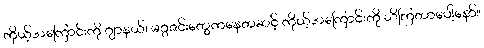
ကိုယ့်အကြောင်းကို ဂျာနယ်၊ မဂ္ဂဇင်းတွေကနေတဆင့် ကိုယ့်အကြောင်းကို သိကြတာပေါ့နော်။